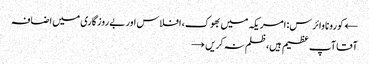
← کورونا وائرس: امریکہ میں بھوک، افلاس اور بے روزگاری میں اضافہ
آقا آپ عظیم ہیں، ظلم نہ کریں →